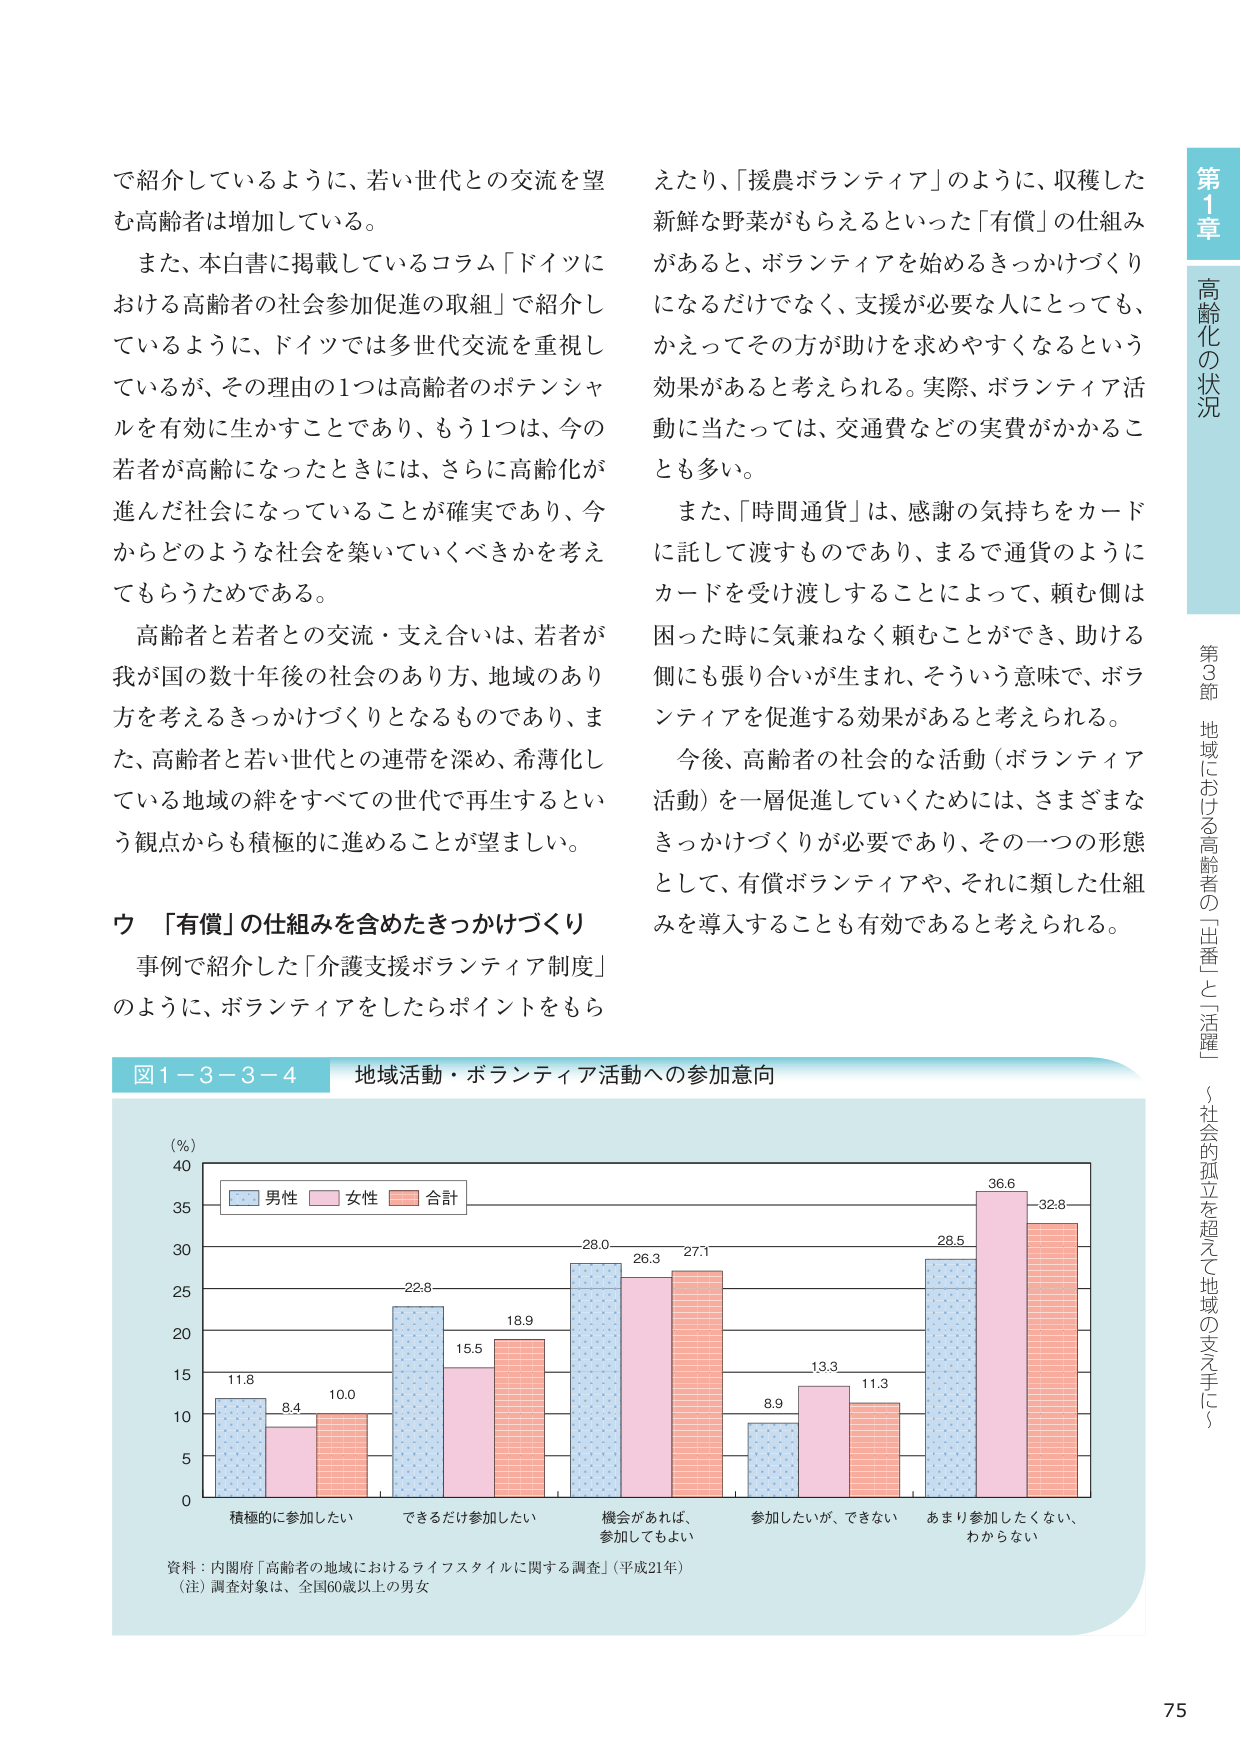
で紹介しているように、若い世代との交流を望む高齢者は増加している。

また、本白書に掲載しているコラム「ドイツにおける高齢者の社会参加促進の取組」で紹介しているように、ドイツでは多世代交流を重視しているが、その理由の1つは高齢者のポテンシャルを有効に生かすことであり、もう1つは、今の若者が高齢になったときには、さらに高齢化が進んだ社会になっていることが確実であり、今からどのような社会を築いていくべきかを考えてもらうためである。

高齢者と若者との交流・支え合いは、若者が我が国の数十年後の社会のあり方、地域のあり方を考えるきっかけづくりとなるものであり、また、高齢者と若い世代との連帯を深め、希薄化している地域の絆をすべての世代で再生するという観点からも積極的に進めることが望ましい。

ウ 「有償」の仕組みを含めたきっかけづくり

事例で紹介した「介護支援ボランティア制度」のように、ボランティアをしたらポイントをもら

えたり、「援農ボランティア」のように、収穫した新鮮な野菜がもらえるといった「有償」の仕組みがあると、ボランティアを始めるきっかけづくりになるだけでなく、支援が必要な人にとっても、かえってその方が助けを求めやすくなるという効果があると考えられる。実際、ボランティア活動に当たっては、交通費などの実費がかかることも多い。

また、「時間通貨」は、感謝の気持ちをカードに託して渡すものであり、まるで通貨のようにカードを受け渡すことによって、頼む側は困った時に気兼ねなく頼むことができ、助ける側にも張り合いが生まれ、そういう意味で、ボランティアを促進する効果があると考えられる。

今後、高齢者の社会的な活動（ボランティア活動）を一層促進していくためには、さまざまなきっかけづくりが必要であり、その一つの形態として、有償ボランティアや、それに類した仕組みを導入することも有効であると考えられる。

図1－3－3－4 地域活動・ボランティア活動への参加意向

(％)
40
35
30
25
20
15
10
5
0

■ 男性 ■ 女性 ■ 合計

11.8 8.4 10.0
22.8 15.5 18.9
28.0 26.3 27.1
8.9 13.3 11.3
28.5 36.6 32.8

積極的に参加したい
できるだけ参加したい
機会があれば、参加してもよい
参加したいが、できない
あまり参加したくない、わからない

資料：内閣府「高齢者の地域におけるライフスタイルに関する調査」（平成21年）
（注）調査対象は、全国60歳以上の男女

第1章 高齢化の状況
第3節 地域における高齢者の「出番」と「活躍」（社会的孤立を超えて地域の支え手に）

75